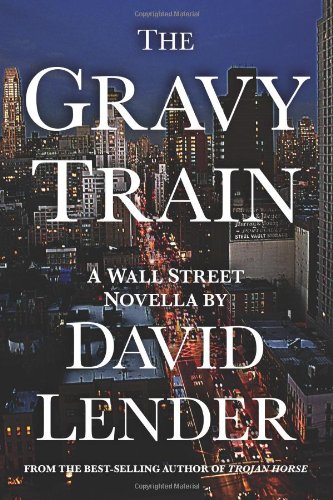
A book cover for The Gravy Train; David Lender; Mystery, Thriller & Suspense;